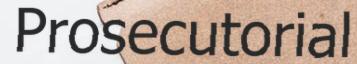
Prosecutorial